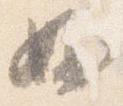
妙